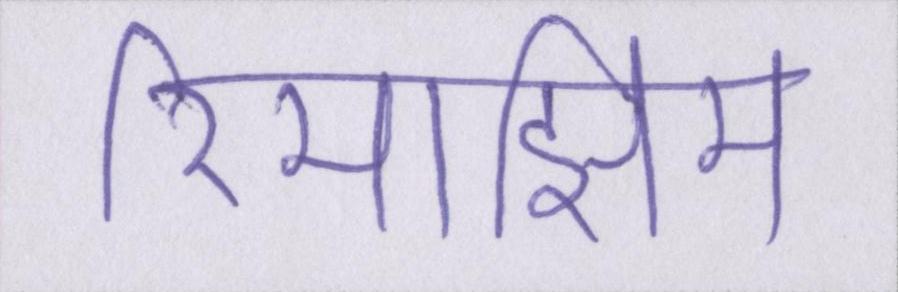
रिमझिम